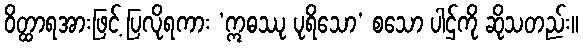
ဝိတ္ထာရအားဖြင့် ပြလိုရကား ‘ဣဓဿု ပုရိသော’ စသော ပါဌ်ကို ဆိုသတည်း။